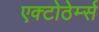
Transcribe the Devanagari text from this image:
एक्टोठेर्म्स